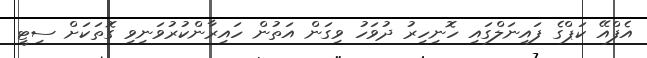
އެފްއޭ ކަޕްގެ ފައިނަލްގައި ހޮނިހިރު ދުވަހު ވިގަން އަތުން ހައިރާންކުރުވަނިވި ގޮތަކަށް ސިޓީ